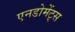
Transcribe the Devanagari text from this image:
एनडोमेंट्स